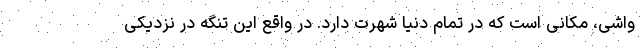
واشی، مکانی است که در تمام دنیا شهرت دارد. در واقع این تنگه در نزدیکی